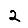
Digit: 2